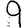
Digit: 9